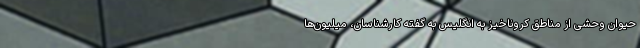
حیوان وحشی از مناطق کروناخیز به انگلیس به گفته کارشناسان، میلیون‌ها